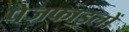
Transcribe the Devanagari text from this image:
पेजफाइलों